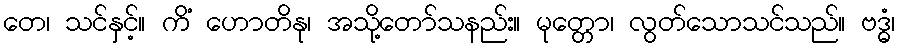
တေ၊ သင်နှင့်။ ကိံ ဟောတိနု၊ အသို့တော်သနည်း။ မုတ္တော၊ လွတ်သောသင်သည်။ ဗဒ္ဓံ၊